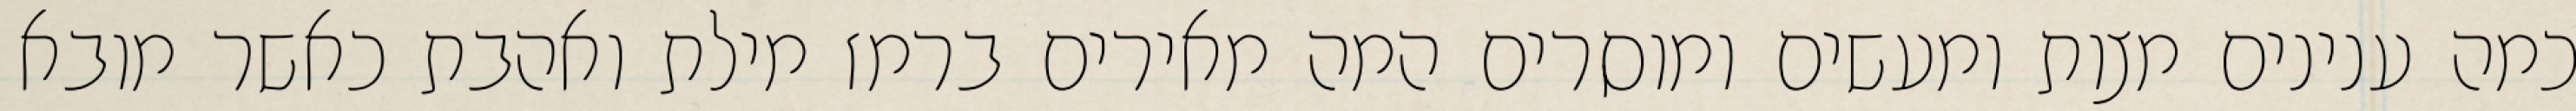
כמה ענינים מצות ומעשים ומוסרים המה מאירים ברמז מילת ואהבת כאשר מובא